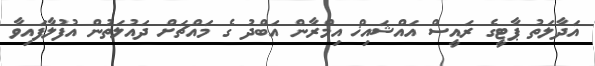
އަދާލަތު ޕާޓީގެ ރައީސް އައްޝައިޚް އިމްރާން އަބްދު ގެ މައްޗަށް ދައުލަތުން އުފުލާފައިވާ